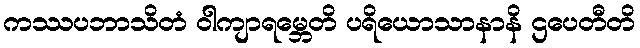
ကဿပဘာသိတံ ဝါကျာရမ္ဘေတိ ပရိယောသာနာနိ ဌပေတီတိ